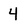
Character: 4